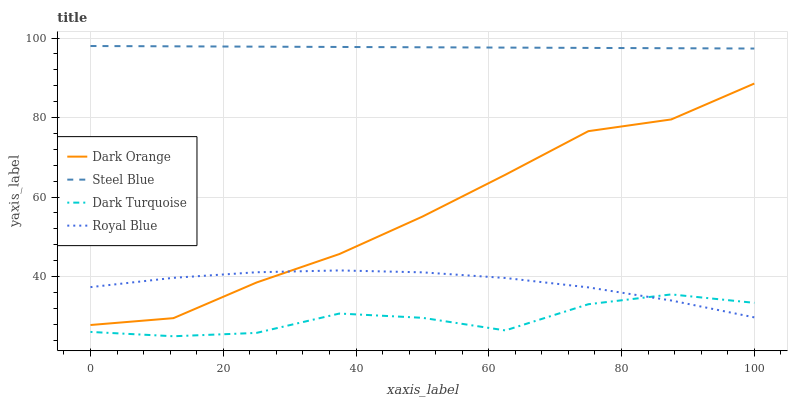
| xaxis_label | Dark Orange | Steel Blue | Dark Turquoise | Royal Blue |
 | --- | --- | --- | --- | --- |
 | 0 | 27.8 | 98 | 26.1 | 37.4 |
 | 12.5 | 29.6 | 97.9 | 25 | 39.7 |
 | 25 | 38.5 | 97.8 | 25.8 | 41.1 |
 | 37.5 | 45.7 | 97.8 | 30.7 | 41.6 |
 | 50 | 55.1 | 97.7 | 29.6 | 41.1 |
 | 62.5 | 65.6 | 97.6 | 26.5 | 39.7 |
 | 75 | 76.6 | 97.5 | 33.1 | 37.3 |
 | 87.5 | 79.5 | 97.4 | 35.5 | 34 |
 | 100 | 88.6 | 97.4 | 33.4 | 29.7 |